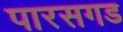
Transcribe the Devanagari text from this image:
पारसगड